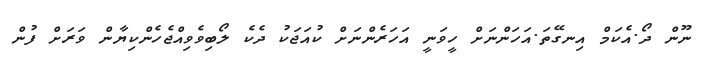
ނޫން ދޯ.އެކަމް އިނގޭތަ.އަހަންނަށް ހީވަނީ އަހަރެންނަށް ކުއަޖަކު ދެކެ ލޯބިވެވިއްޖެހެންކިޔާން ވަރަށް ފުން